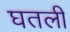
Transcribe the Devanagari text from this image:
घतली